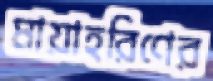
মায়াহরিণের